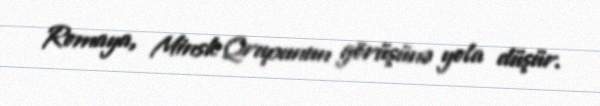
Romaya, Minsk Qrupunun görüşünə yola düşür.